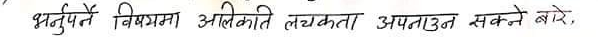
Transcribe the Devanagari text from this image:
भर्तुपेर्ने विषयमा अलिकति लचकता अपनाउन सक्ने बारे,